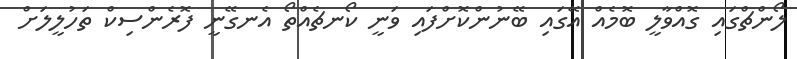
ލޯންޗްގައި ގޮއްވާލީ ބޮމެއް އޭގައި ބޭނުންކޮށްފައި ވަނީ ކޯނޗެއްތޯ އެނގޭނީ ފޮރެންސިކް ތަހުލީލަށް